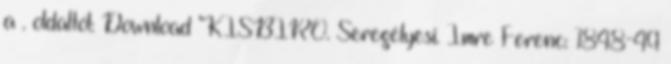
a . oldaltól: Download "KISBÍRÓ. Seregélyesi. Imre Ferenc: 1848-49